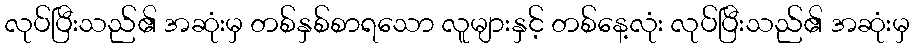
လုပ်ပြီးသည်၏ အဆုံးမှ တစ်နှစ်စာရသော လူများနှင့် တစ်နေ့လုံး လုပ်ပြီးသည်၏ အဆုံးမှ